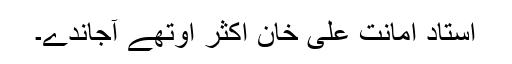
اُستاد امانت علی خان اکثر اوتھے آجاندے۔